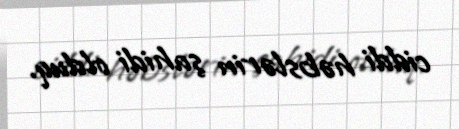
ciddi həbslərin şahidi olduq.